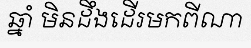
ឆ្នាំ មិនដឹងដើរមកពីណា